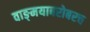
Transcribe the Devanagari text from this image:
वाङ्‌मयाबरोबरच